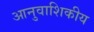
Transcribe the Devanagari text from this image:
आनुवाशिकीय